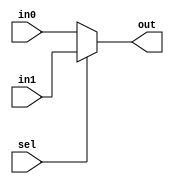
`timescale 1ns / 1ps
//////////////////////////////////////////////////////////////////////////////////
// Company: 
// Engineer: 
// 
// Design Name: 
// Module Name: mux5
// Project Name: 
// Target Devices: 
// Tool Versions: 
// Description: 
// 
// Dependencies: 
// 
// Revision:
// Revision 0.01 - File Created
// Additional Comments:
// 
//////////////////////////////////////////////////////////////////////////////////


module mux5(
    input sel,
    input [4:0] in1,
    input [4:0] in0,
    output [4:0] out
    );
    
    assign out=sel?in1:in0;
endmodule